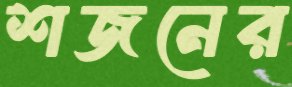
শজনের